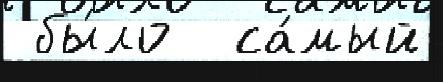
 бы́ло  са́мый